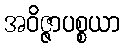
အဝိဇ္ဇာပစ္စယာ